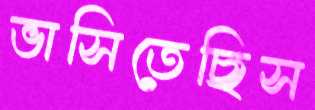
ভাসিতেছিস